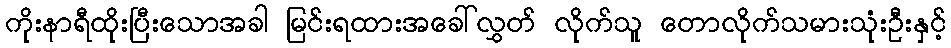
ကိုးနာရီထိုးပြီးသောအခါ မြင်းရထားအခေါ်လွှတ် လိုက်သူ တောလိုက်သမားသုံးဦးနှင့်